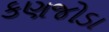
કણજોડા